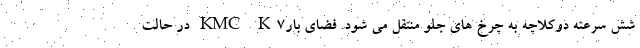
شش سرعته دوکلاچه به چرخ های جلو منتقل می شود. فضای بارKMC K7 در حالت